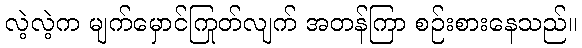
လဲ့လဲ့က မျက်မှောင်ကြုတ်လျက် အတန်ကြာ စဉ်းစားနေသည်။